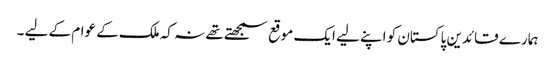
ہمارے قائدین پاکستان کو اپنے لیے ایک موقع سمجھتے تھے نہ کہ ملک کے عوام کے لیے ۔